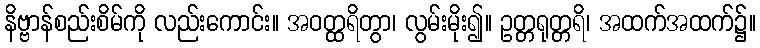
နိဗ္ဗာန်စည်းစိမ်ကို လည်းကောင်း။ အဝတ္ထရိတွာ၊ လွမ်းမိုး၍။ ဥတ္တရုတ္တရိ၊ အထက်အထက်၌။